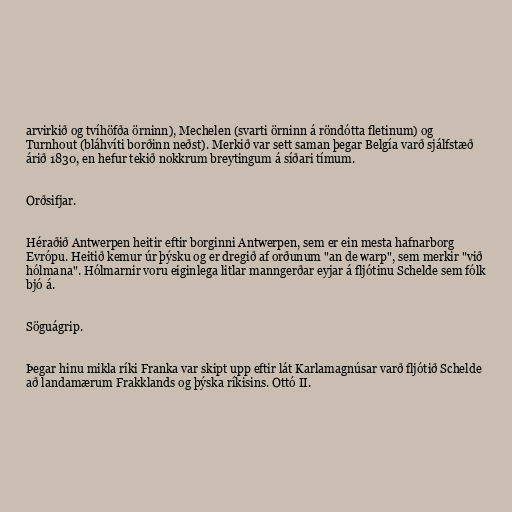
arvirkið og tvíhöfða örninn), Mechelen (svarti örninn á röndótta fletinum) og
Turnhout (bláhvíti borðinn neðst). Merkið var sett saman þegar Belgía varð sjálfstæð
árið 1830, en hefur tekið nokkrum breytingum á síðari tímum.

Orðsifjar.

Héraðið Antwerpen heitir eftir borginni Antwerpen, sem er ein mesta hafnarborg
Evrópu. Heitið kemur úr þýsku og er dregið af orðunum "an de warp", sem merkir "við
hólmana". Hólmarnir voru eiginlega litlar manngerðar eyjar á fljótinu Schelde sem fólk
bjó á.

Söguágrip.

Þegar hinu mikla ríki Franka var skipt upp eftir lát Karlamagnúsar varð fljótið Schelde
að landamærum Frakklands og þýska ríkisins. Ottó II.